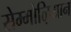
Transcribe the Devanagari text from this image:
सेम्मोऴियान